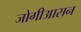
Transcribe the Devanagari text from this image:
जोगीआसन